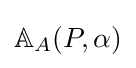
\mathbb {A} _{A}(P,\alpha )